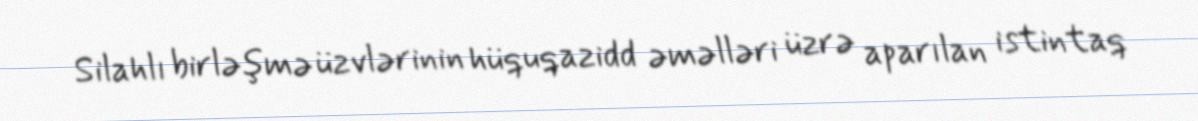
Silahlı birləşmə üzvlərinin hüquqazidd əməlləri üzrə aparılan istintaq